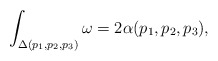
\begin{align*}\int_{\Delta(p_1,p_2,p_3)} \omega =2\alpha(p_1,p_2,p_3),\end{align*}